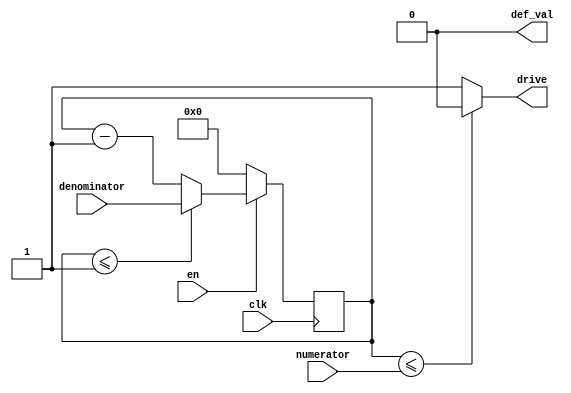
`timescale 1ns / 1ps

module pwm #
(
	parameter integer C_PWM_CNT_WIDTH = 16,
	parameter integer C_DEFAULT_VALUE = 0
) (
	input  wire                       clk,

	output wire                       def_val,
	input  wire                       en,
	input  wire [C_PWM_CNT_WIDTH-1:0] numerator,
	input  wire [C_PWM_CNT_WIDTH-1:0] denominator,

	output wire                        drive
);

	assign def_val = C_DEFAULT_VALUE;

	reg [C_PWM_CNT_WIDTH-1:0] cnt;
	always @ (posedge clk) begin
		if (en) begin
			if (cnt <= 1)
				cnt <= denominator;
			else
				cnt <= cnt - 1;
		end
		else
			cnt <= 0;
	end

	assign drive = (cnt <= numerator ? C_DEFAULT_VALUE : ~C_DEFAULT_VALUE);
endmodule